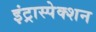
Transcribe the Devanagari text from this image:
इंट्रास्पेक्शन